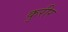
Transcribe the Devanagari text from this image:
कुरीर